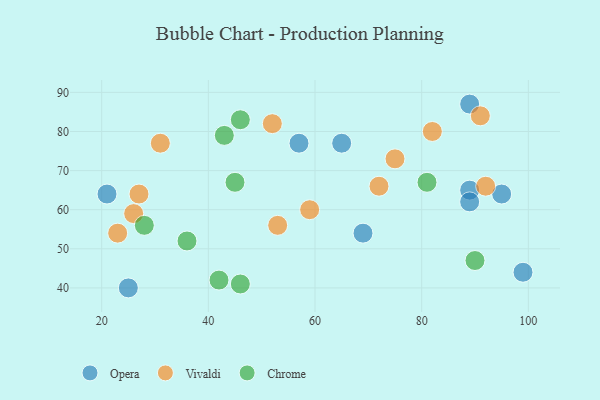
{"axis": {"x": "GDP", "y": "Life Expectancy"}, "legend": ["Chrome", "Opera", "Vivaldi"], "data": [{"x": "95", "y": 64, "type": "Opera"}, {"x": "99", "y": 44, "type": "Opera"}, {"x": "69", "y": 54, "type": "Opera"}, {"x": "89", "y": 65, "type": "Opera"}, {"x": "65", "y": 77, "type": "Opera"}, {"x": "57", "y": 77, "type": "Opera"}, {"x": "89", "y": 62, "type": "Opera"}, {"x": "21", "y": 64, "type": "Opera"}, {"x": "89", "y": 87, "type": "Opera"}, {"x": "25", "y": 40, "type": "Opera"}, {"x": "52", "y": 82, "type": "Vivaldi"}, {"x": "23", "y": 54, "type": "Vivaldi"}, {"x": "27", "y": 64, "type": "Vivaldi"}, {"x": "72", "y": 66, "type": "Vivaldi"}, {"x": "59", "y": 60, "type": "Vivaldi"}, {"x": "31", "y": 77, "type": "Vivaldi"}, {"x": "26", "y": 59, "type": "Vivaldi"}, {"x": "82", "y": 80, "type": "Vivaldi"}, {"x": "75", "y": 73, "type": "Vivaldi"}, {"x": "92", "y": 66, "type": "Vivaldi"}, {"x": "91", "y": 84, "type": "Vivaldi"}, {"x": "53", "y": 56, "type": "Vivaldi"}, {"x": "46", "y": 83, "type": "Chrome"}, {"x": "45", "y": 67, "type": "Chrome"}, {"x": "46", "y": 41, "type": "Chrome"}, {"x": "81", "y": 67, "type": "Chrome"}, {"x": "28", "y": 56, "type": "Chrome"}, {"x": "90", "y": 47, "type": "Chrome"}, {"x": "36", "y": 52, "type": "Chrome"}, {"x": "42", "y": 42, "type": "Chrome"}, {"x": "43", "y": 79, "type": "Chrome"}]}